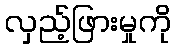
လှည့်ဖြားမှုကို